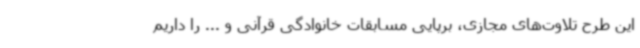
این طرح تلاوت‌های مجازی، برپایی مسابقات خانوادگی قرآنی و ... را داریم